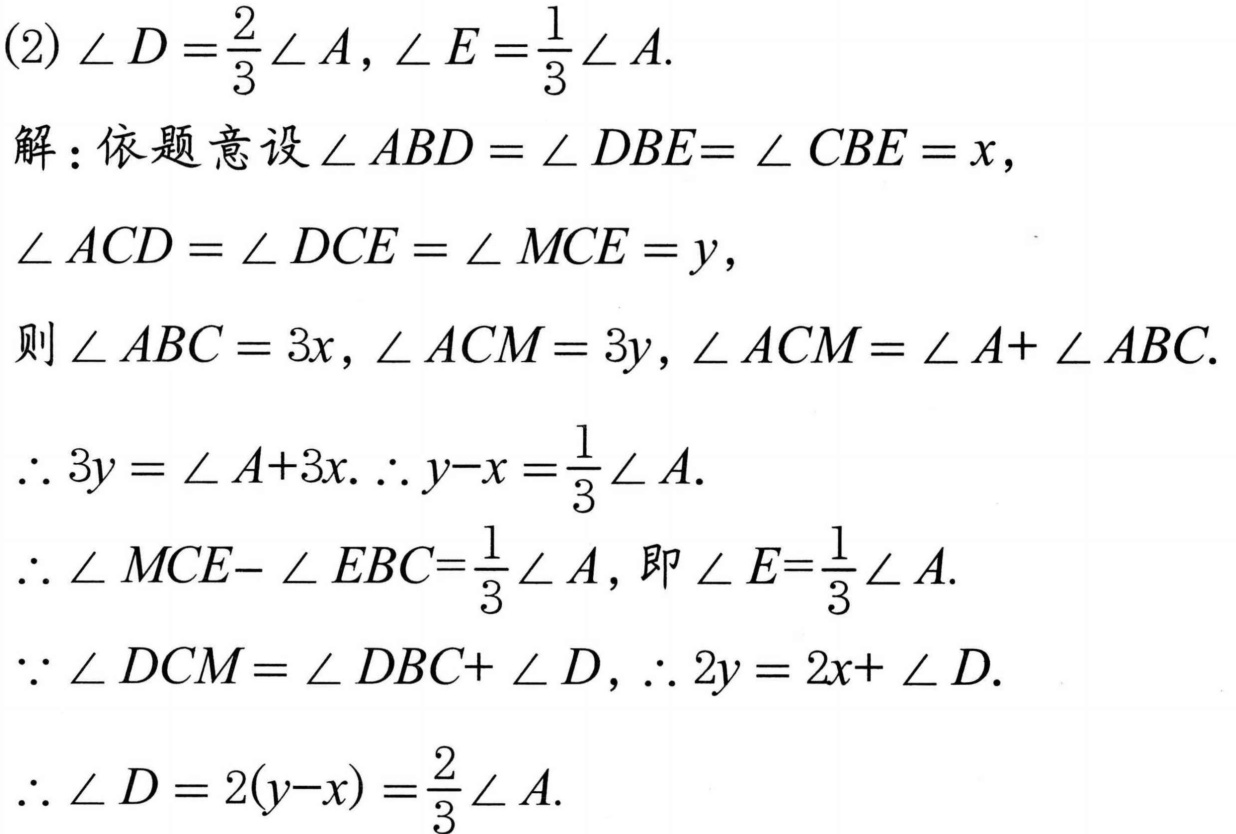
(2)\(\angle D=\frac{2}{3}\angle A,\angle E=\frac{1}{3}\angle A\).
解：依题意设\(\angle ABD=\angle DBE = \angle CBE=x\)，
\(\angle ACD=\angle DCE=\angle MCE = y\)，
则\(\angle ABC = 3x,\angle ACM = 3y,\angle ACM=\angle A+\angle ABC\).
\(\therefore 3y=\angle A + 3x.\therefore y - x=\frac{1}{3}\angle A\).
\(\therefore \angle MCE-\angle EBC=\frac{1}{3}\angle A\)，即\(\angle E=\frac{1}{3}\angle A\).
\(\because \angle DCM=\angle DBC+\angle D,\therefore 2y = 2x+\angle D\).
\(\therefore \angle D=2(y - x)=\frac{2}{3}\angle A\).